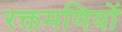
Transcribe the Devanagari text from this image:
रक्तमणियों